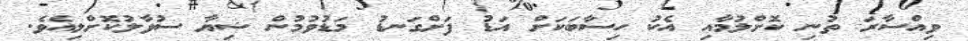
ވިއްސާރަ ތުނި ކޮށްލުމާއި އެކު ހިސާބަކަށް އަޑު ފަށްގަނޑު މަޑުވުމުން ޝިޔާ ސުވާލުކޮށްލިއެވެ.